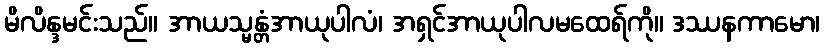
မိလိန္ဒမင်းသည်။ အာယသ္မန္တံအာယုပါလံ၊ အရှင်အာယုပါလမထေရ်ကို။ ဒဿနကာမော၊